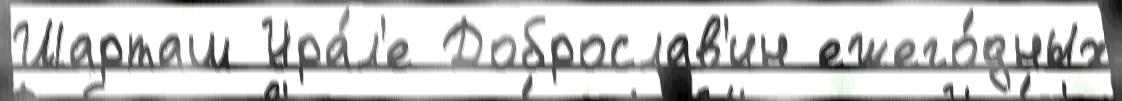
Шарташ Ура́л'е Доброслав'ин ежего́дных